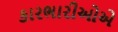
કારભારીઓએ